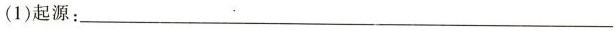
(1)起源：___